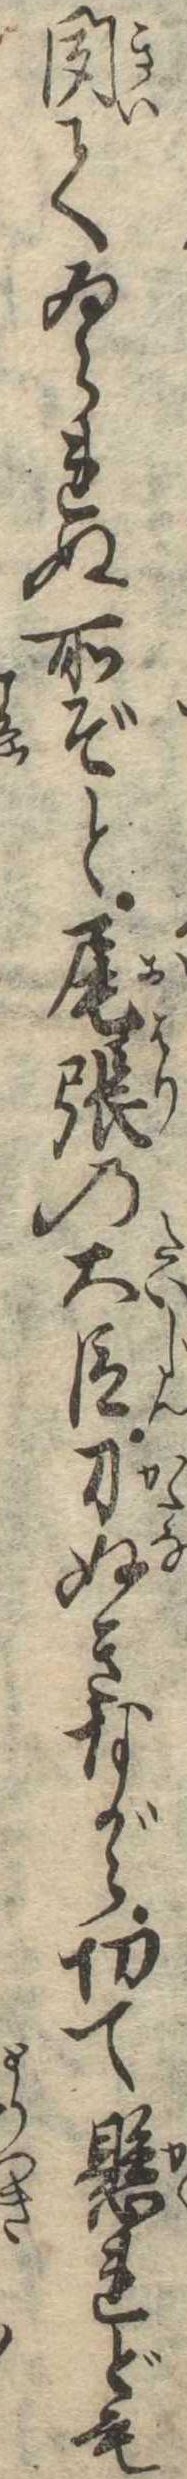
聞てゐられぬ所ぞと尾張の大臣刀ぬきながら切て懸れども